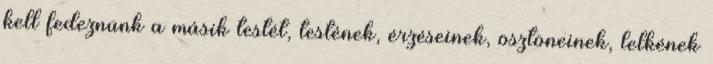
kell fedeznünk a másik testét, testének, érzéseinek, ösztöneinek, lelkének